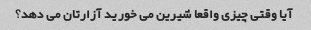
آیا وقتی چیزی واقعا شیرین می خورید آزارتان می دهد؟